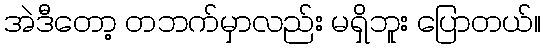
အဲဒီတော့ တဘက်မှာလည်း မရှိဘူး ပြောတယ်။